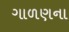
ગાળણના